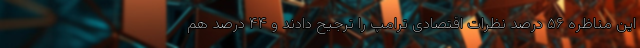
این مناظره ۵۶ درصد نظرات اقتصادی ترامپ را ترجیح دادند و ۴۴ درصد هم